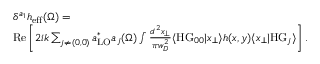
\begin{array} { r l } & { \delta ^ { a _ { 1 } } h _ { \mathrm { e f f } } ( \Omega ) = } \\ & { \mathrm { R e } \left[ 2 i k \sum _ { j \neq ( 0 , 0 ) } a _ { \mathrm { L O } } ^ { * } a _ { j } ( \Omega ) \int \frac { d ^ { 2 } x _ { \perp } } { \pi w _ { D } ^ { 2 } } \langle \mathrm { H G } _ { 0 0 } | x _ { \perp } \rangle h ( x , y ) \langle x _ { \perp } | \mathrm { H G } _ { j } \rangle \right] . } \end{array}